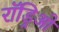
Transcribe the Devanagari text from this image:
रॉड्रिओ